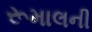
રૂમાલની